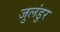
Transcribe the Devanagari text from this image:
जुलंडुर